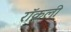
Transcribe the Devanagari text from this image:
रॉकली